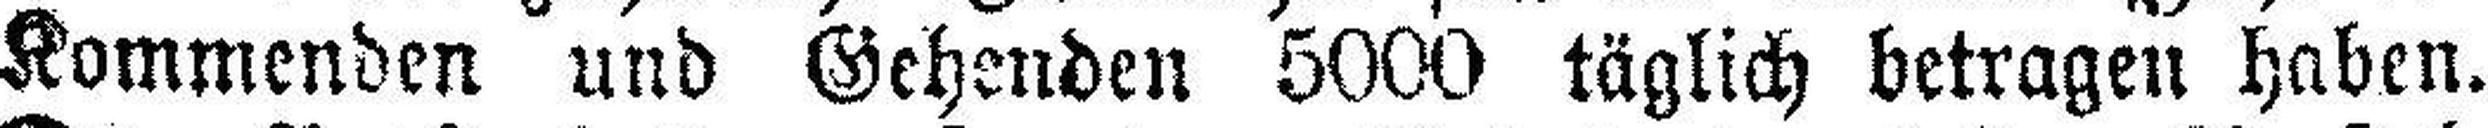
Kommenden und Gehenden 5000 täglich betragen haben.